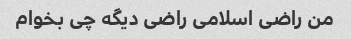
من راضی اسلامی راضی دیگه چی بخوام